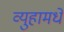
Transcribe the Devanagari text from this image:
व्युहामधे